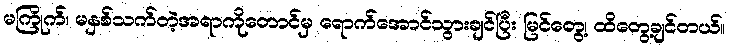
မကြိုက်၊ မနှစ်သက်တဲ့အရာကိုတောင်မှ ရောက်အောင်သွားချင်ပြီး မြင်တွေ့၊ ထိတွေ့ချင်တယ်။